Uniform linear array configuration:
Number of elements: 16
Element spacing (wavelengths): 0.25
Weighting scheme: uniform
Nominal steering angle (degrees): -30
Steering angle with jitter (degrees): -29.665
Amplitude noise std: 0.05
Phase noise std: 0.05

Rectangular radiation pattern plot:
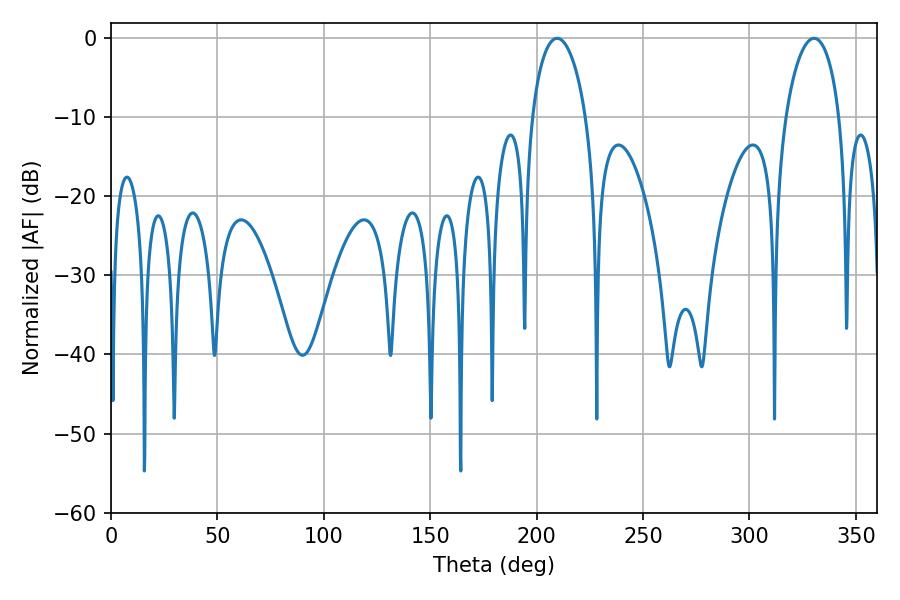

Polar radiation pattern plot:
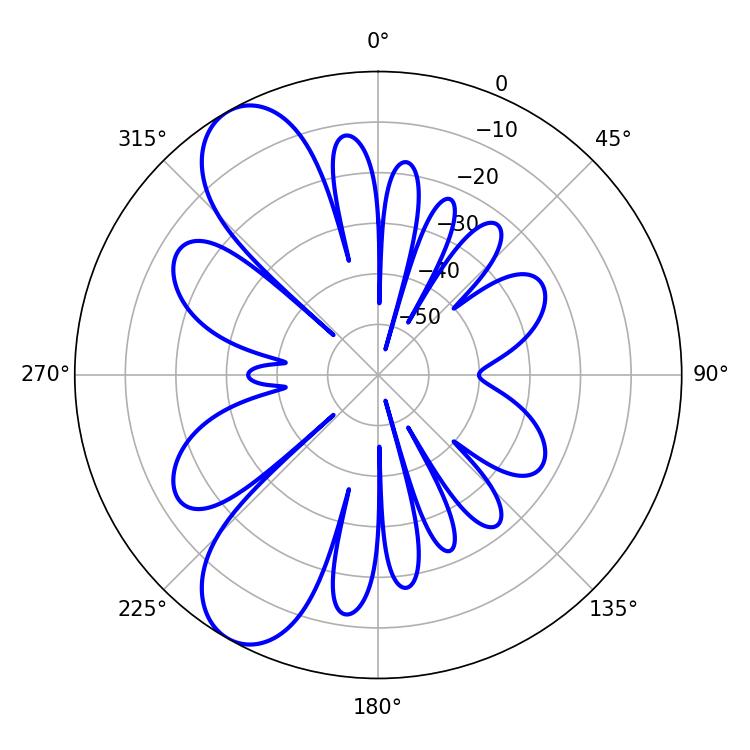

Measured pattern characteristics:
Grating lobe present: FALSE
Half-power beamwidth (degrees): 14.58
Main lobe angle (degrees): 209.7